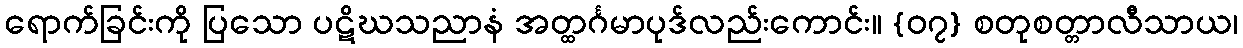
ရောက်ခြင်းကို ပြသော ပဋိဃသညာနံ အတ္ထင်္ဂမာပုဒ်လည်းကောင်း။ {၀၇} စတုစတ္တာလီသာယ၊